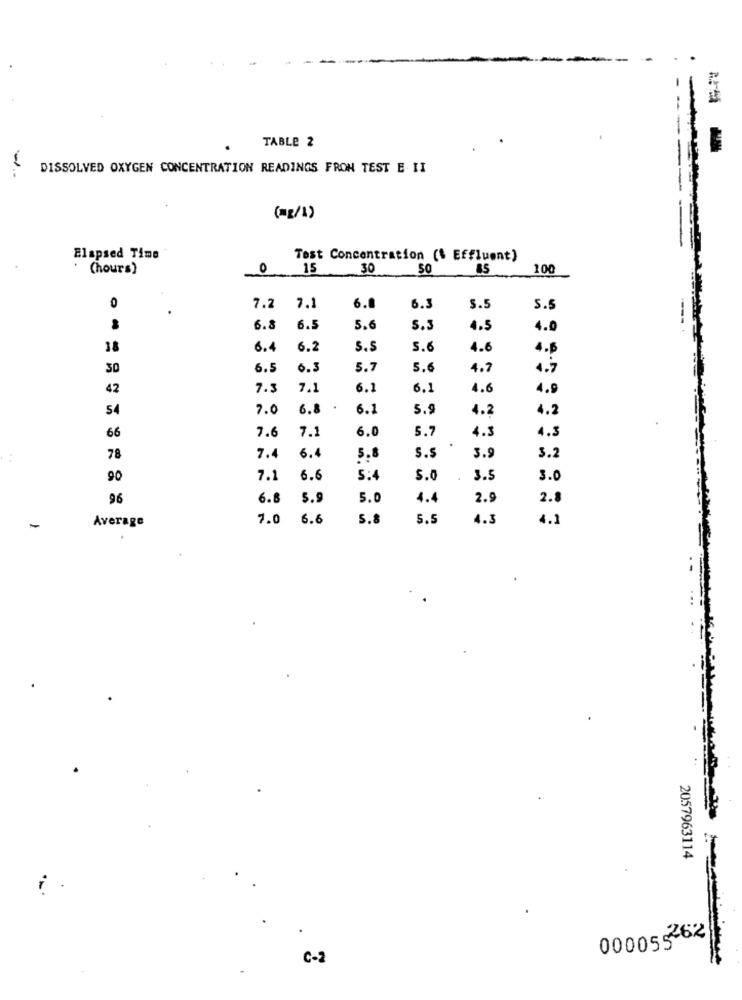
- -
TABLE 2
DISSOLVED OXYGEN CONCENTRATION READINGS FRON TEST E II
-
(=2/1)
Elapsed Time
Test Concentration ($ Effluent)
(hours)
0
15
30
50
85
100
0
7.2 7.1
6.0
6.3
5.5
S.s
6.8
6.5
5.6
5.3
4.5
4.0
18
6.4
6.2
s.s
S.6
4.6
4.6
30
6.5
6.3
5.7
5.6
4.7
1.7
42
7.3
7.1
6.1
6.1
4.6
4.9
54
7.0
6.8 .
6.3
5.9
4.2
4.2
7.6
7.
5.
4.3
66
6.0
4.3
S.s
78
7.4
6.4
5.8
3.9
3.2
90
7.1
6.6
5:4
5.0
3.5
3.0
96
6.8
5.9
5.0
4.4
2.5
2.8
7.0
6.6
5.8
5.5
4.3
4.1
Average
2057963114
000056262
C-2